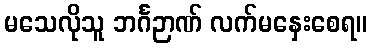
မသေလိုသူ ဘင်္ဂဉာဏ် လက်မနှေးစေရ။